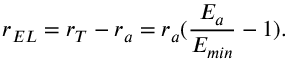
r _ { E L } = r _ { T } - r _ { a } = r _ { a } ( \frac { E _ { a } } { E _ { m i n } } - 1 ) .